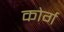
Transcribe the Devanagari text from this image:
कोर्ग